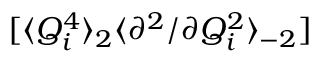
[ \langle Q _ { i } ^ { 4 } \rangle _ { 2 } \langle { \partial ^ { 2 } } / { \partial Q _ { i } ^ { 2 } } \rangle _ { - 2 } ]